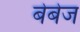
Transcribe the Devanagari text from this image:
बेबेज